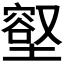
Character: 𭏳